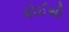
કોઈથી